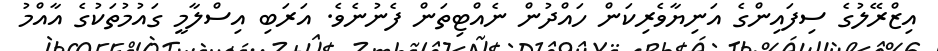
އިޒްރޭލުގެ ސިފައިންގެ އަނިޔާވެރިކަން ހައްދުން ނެއްޓިތަން ފެނުނެވެ. އަރަބި އިސްލާމީ ގައުމުތަކުގެ އާއްމު